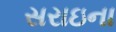
સરાઇના